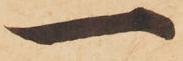
一